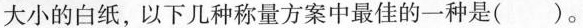
大小的白纸，以下几种称量方案中最佳的一种是()。